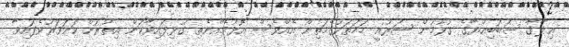
ޢިލާޤާ ސަބަބިއްޔާގެ ގުޅުމުން ޝަރުޢީ ހަމަތަކުގެމަތިން އެއްވެސް އޮޅުމެއްނެތި ގުޅިފައިވާކަން އިތުރަށް ކަށަވަރުވެފައިވާ